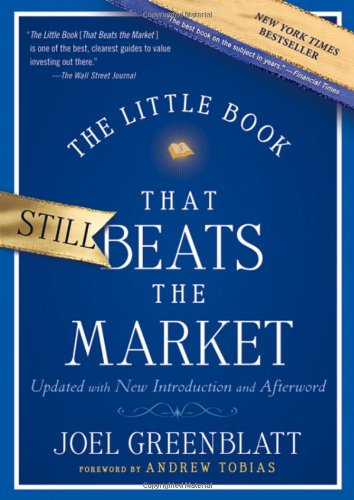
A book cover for The Little Book That Still Beats the Market; Joel Greenblatt; Business & Money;